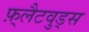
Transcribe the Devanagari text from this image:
फ़्लैटवुड्स